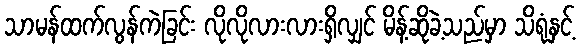
သာမန်ထက်လွန်ကဲခြင်း လိုလိုလားလားရှိလျှင် မိန့်ဆိုခဲ့သည်မှာ သိရုံနှင့်